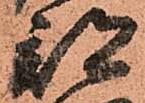
部